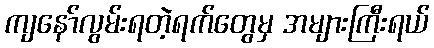
ကျနော်လွမ်းရတဲ့ရက်တွေမှ အများကြီးရယ်